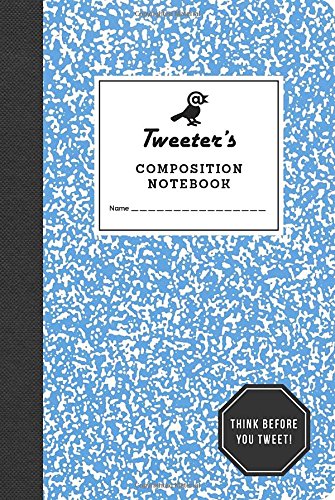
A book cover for Tweeter's Composition Notebook: Think Before You Tweet; Potter Style; Humor & Entertainment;